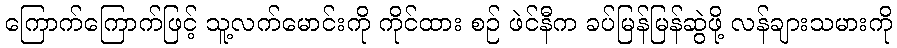
ကြောက်ကြောက်ဖြင့် သူ့လက်မောင်းကို ကိုင်ထား စဉ် ဖဲင်နီက ခပ်မြန်မြန်ဆွဲဖို့ လန်ချားသမားကို